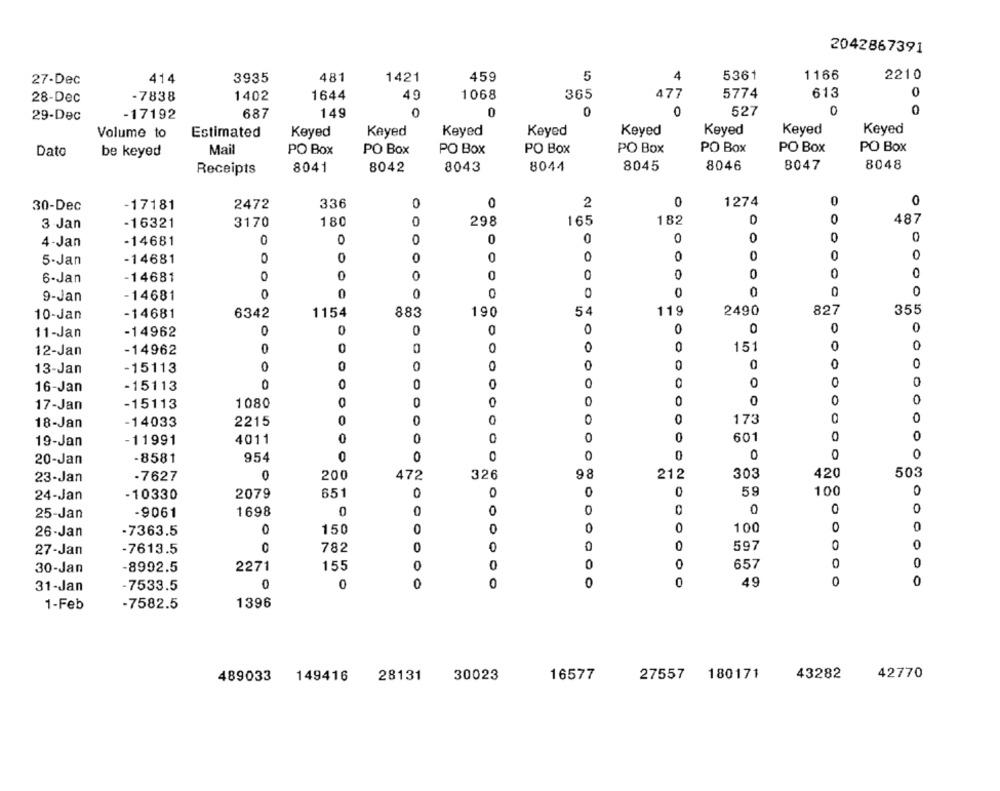
2042867391
414
3935
481
1421
459
5
4
5361
1166
2210
27-Dec
49
1068
477
5774
613
0
28-Dec
-7838
1402
1644
365
0
0
29-Dec
-17192
687
149
0
0
0
527
Volume to
Estimated
Keyed
Keyed
Keyed
Keyed
Keyed
Keyed
Keyed
Keyed
Mail
PO Box
PO Box
PO Box
PO Box
PO Box
PO Box
PO Box
PO Box
Dato
be keyed
8043
8044
8045
8046
8047
8048
Receipts
8041
8042
-17181
2472
336
0
0
2
0
1274
0
30-Dec
180
298
165
182
0
487
3 Jan
-16321
3170
D
0
0
4-Jan
-14681
0
O
0
5-Jan
-14681
0
0
0
0
0
0
0
0
0
-14681
0
0
0
0
0
0
0
6-Jan
O
0
0
0
0
0
0
0
0
0
9-Jan
-14681
10-Jan
-14681
6342
1154
883
190
54
119
2490
827
355
-14962
0
0
0
0
0
0
0
0
11-Jan
0
0
0
0
151
0
12-Jan
-14962
0
0
0
0
13-Jan
-15113
0
0
16-Jan
-15113
0
O
0
0
0
1080
0
0
0
0
17-Jan
-15113
0
0
0
0
0
173
18-Jan
-14033
2215
19-Jan
-11991
4011
0
0
0
0
0
601
-8581
954
0
0
0
0
0
20-Jan
O
-7627
0
200
472
326
98
212
303
420
503
23-Jan
59
100
0
24-Jan
-10330
2079
651
0
25-Jan
-9061
1698
0
O
0
150
0
0
0
100
26-Jan
-7363.5
0
0
0
0
597
0
27-Jan
-7613.5
782
0
0
30-Jan
-8992.5
2271
155
0
0
0
0
657
0
0
0
O
0
49
0
31-Jan
-7533.5
1-Feb
-7582.5
1396
489033
149416
28131
30023
16577
27557 180171
43282
42770